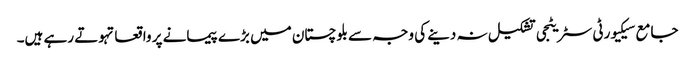
جامع سیکیورٹی سٹریٹجی تشکیل نہ دینے کی وجہ سے بلوچستان میں بڑے پیمانے پر واقعاتہوتے رہے ہیں۔